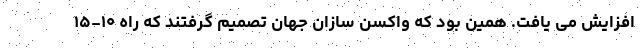
افزایش می یافت. همین بود که واکسن سازان جهان تصمیم گرفتند که راه ۱۰-۱۵